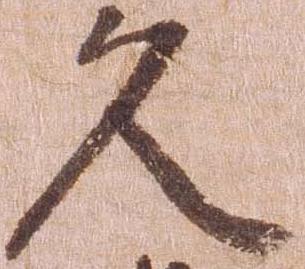
久